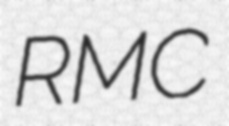
RMC